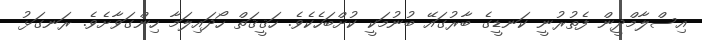
އިސްލާމްދީން ފެތުރުނީ ކަނޑީގެ ބާރުގައޭ ބުނުމަކީ ކުށްބަހެކެވެ. ހަޤީޤަތް ހޯދައިލަމާ ހިންގަވާށެވެ. ރަނގަޅު